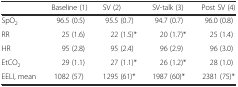
|  | Baseline (1) | SV (2) | SV-talk (3) | Post SV (4) |
 | --- | --- | --- | --- | --- |
 | SpO2 | 96.5 (0.5) | 95.5 (0.7) | 94.7 (0.7) | 96.0 (0.8) |
 | RR | 25 (1.6) | 22 (1.5)* | 20 (1.7)* | 25 (1.4) |
 | HR | 95 (2.8) | 95 (2.4) | 96 (2.9) | 96 (3.0) |
 | EtCO2 | 29 (1.1) | 27 (1.1)* | 26 (1.2)* | 28 (1.0) |
 | EELI, mean | 1082 (57) | 1295 (61)* | 1987 (60)* | 2381 (75)* |